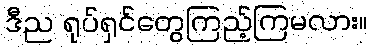
ဒီည ရုပ်ရှင်တွေကြည့်ကြမလား။